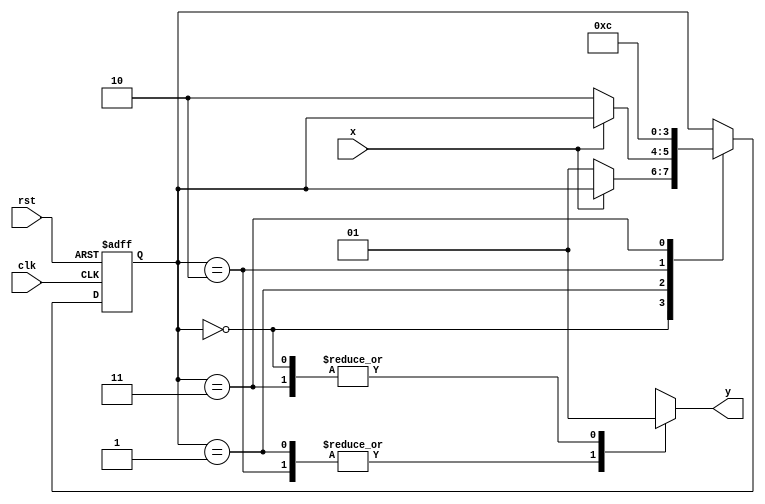
module fsm1 (x,clk, rst, y);

	input x, clk, rst;
	output reg y;
	
	//Registrador de estado
	reg [1:0] state; //como tem 4 estados, crio um registo com 2 bits
	
	//Codificao dos estados
	parameter a = 2'd0, b = 2'd1, c = 2'd2, d = 2'd3;
	
	//Inicializao da mquina
	initial begin
		state <= a; //j que  um circuito sequencial, irei usar atribuio no bloquevel
		// y <= 1'b0; no  recomendvel inicializar a sada da mquina
	end
	
	//Primeiro procedimento - Estado prximo
	always @(negedge clk, negedge rst) begin
		//reset tem prioridade, ento comeo verificando ele
		//como  sensvel a borda de descida, ento rst vale 0 se ele desceu
		if (rst == 1'b0) begin
			state <= a;
		end
		else begin
			case (state)
			
				a: begin
					if (x == 1'b0) state <= b;
				end
				b: begin
					if (x == 1'b0) state <= c;
				end
				c: begin
					state <= d;
				end
				d: begin
					state <= a;
				end
			
			endcase
		end
	end
	
	//Segundo procedimento - procedimento de sada
	always @(state) begin
		
		case (state)
		
			a: y = 1'b1;
			b: y = 1'b0;
			c: y = 1'b0;
			d: y = 1'b1;
		
		endcase
	
	end

endmodule